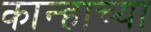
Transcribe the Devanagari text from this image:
कान्हाच्या